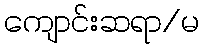
ကျောင်းဆရာ/မ